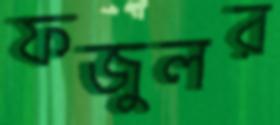
ফজুলর